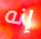
إنه